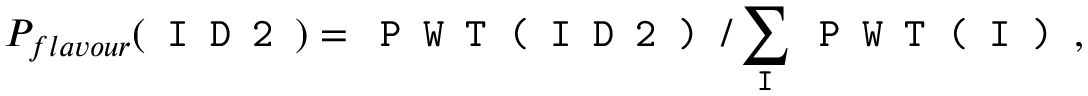
P _ { f l a v o u r } ( \texttt { I D 2 } ) = \texttt { P W T ( I D 2 ) } / \sum _ { \texttt { I } } \texttt { P W T ( I ) } ,